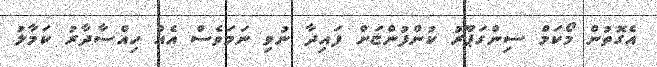
އެގޮތުން މޯކަމް ސިންގަޕޫރު ކުންފުންޏަށް ފައިދާ ނުވި ނަމަވެސް އެއް ހިއްސާދާރު ކަމާލު